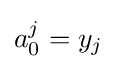
a_{0}^{j}=y_{j}